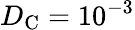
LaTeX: D_{\mathrm{C}}=10^{-3}